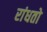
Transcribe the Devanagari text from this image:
रांधतो